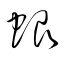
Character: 蜋